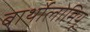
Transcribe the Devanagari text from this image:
बार्थोलोमियू